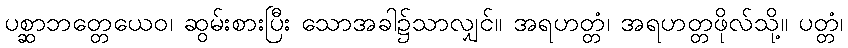
ပစ္ဆာဘတ္တေယေဝ၊ ဆွမ်းစားပြီး သောအခါ၌သာလျှင်။ အရဟတ္တံ၊ အရဟတ္တဖိုလ်သို့။ ပတ္တံ၊